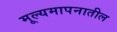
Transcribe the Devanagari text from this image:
मूल्यमापनातील